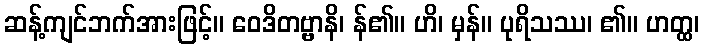
ဆန့်ကျင်ဘက်အားဖြင့်။ ဝေဒိတဗ္ဗာနိ၊ န်၏။ ဟိ၊ မှန်။ ပုရိသဿ၊ ၏။ ဟတ္ထ၊